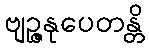
ဗျဉ္ဇနုပေတန္တိ